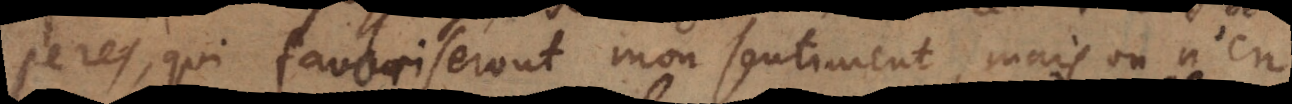
Peres, qui favoriseront mon sentiment, mais on n’en